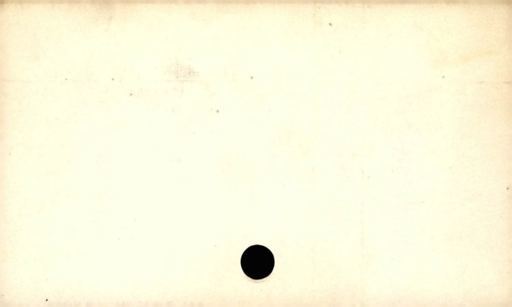
Label: blank